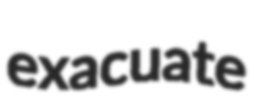
exacuate